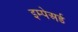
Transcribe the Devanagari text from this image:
इम्पेअर्ड